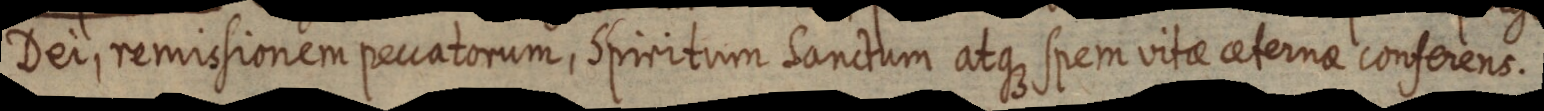
Dei, remissionem peccatorum, spiritum sanctum atque spem vitae ceternae conferens.